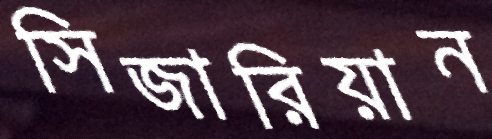
সিজারিয়ান